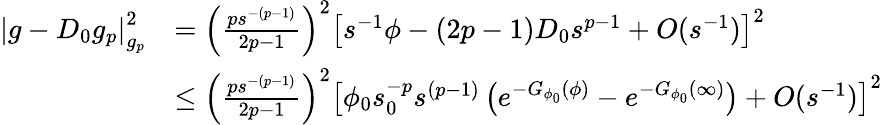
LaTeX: \begin{array}{rl}{\left|g-D_{0}g_{p}\right|_{g_{p}}^{2}}&{=\left(\frac{ps^{-(p-1)}}{2p-1}\right)^{2}\left[s^{-1}\phi-(2p-1)D_{0}s^{p-1}+O(s^{-1})\right]^{2}}\\ &{\leq\left(\frac{ps^{-(p-1)}}{2p-1}\right)^{2}\left[\phi_{0}s_{0}^{-p}s^{(p-1)}\left(e^{-G_{\phi_{0}}(\phi)}-e^{-G_{\phi_{0}}(\infty)}\right)+O(s^{-1})\right]^{2}}\end{array}